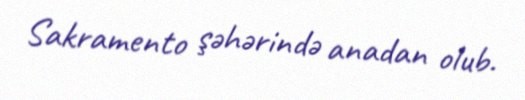
Sakramento şəhərində anadan olub.